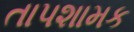
તાપશામક